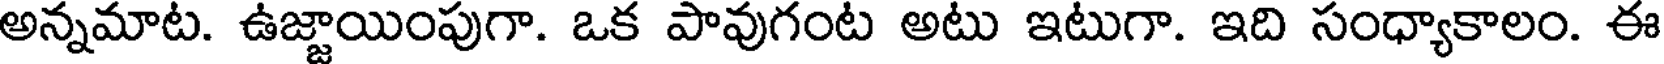
అన్నమాట. ఉజ్జాయింపుగా. ఒక పావుగంట అటు ఇటుగా. ఇది సంధ్యాకాలం. ఈ